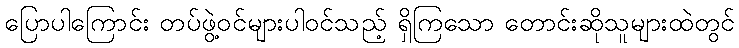
ပြောပါကြောင်း တပ်ဖွဲ့ဝင်များပါဝင်သည့် ရှိကြသော တောင်းဆိုသူများထဲတွင်